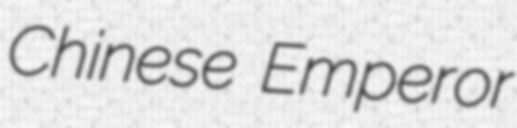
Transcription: Chinese Emperor